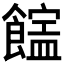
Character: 𩞜